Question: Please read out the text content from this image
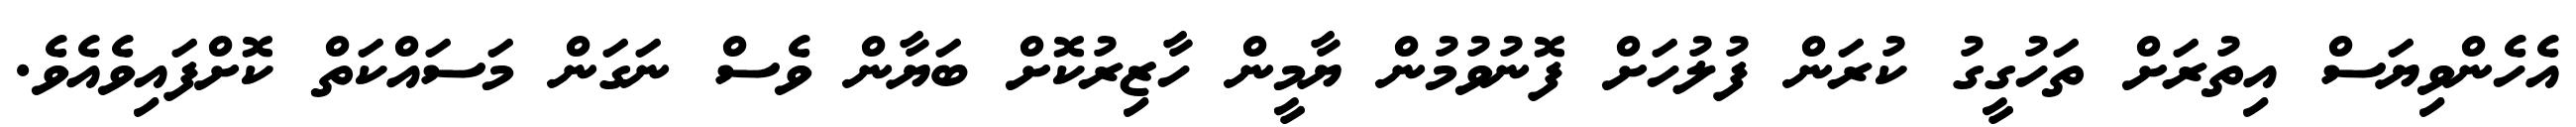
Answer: އެހެންވިޔަސް އިތުރަށް ތަހުގީގު ކުރަން ފުލުހަށް ފޮނުވުމުން ޔާމީން ހާޒިރުކޮށް ބަޔާން ވެސް ނަގަން މަސައްކަތް ކޮށްފައިވެއެވެ.